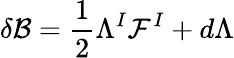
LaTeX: \delta{\cal B}=\frac 12\Lambda^{I}{\cal F}^{I}+d\Lambda